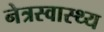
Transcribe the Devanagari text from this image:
नेत्रस्वास्थ्य